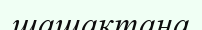
шашақтана